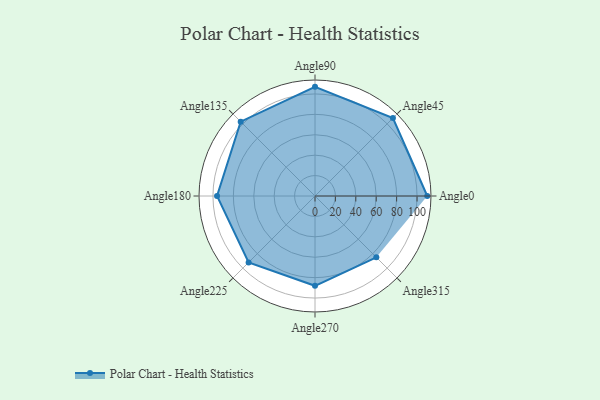
{"axis": {"x": "Angle", "y": "Radius"}, "legend": [""], "data": [{"x": "Angle0", "y": 110.0, "type": ""}, {"x": "Angle45", "y": 108.0, "type": ""}, {"x": "Angle90", "y": 107.0, "type": ""}, {"x": "Angle135", "y": 103.0, "type": ""}, {"x": "Angle180", "y": 96.0, "type": ""}, {"x": "Angle225", "y": 92.0, "type": ""}, {"x": "Angle270", "y": 88.0, "type": ""}, {"x": "Angle315", "y": 85.0, "type": ""}]}